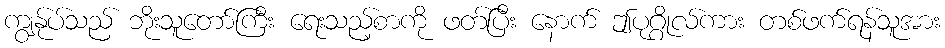
ကျွန်ုပ်သည် ဘိုးသူတော်ကြီး ရေးသည့်စာကို ဖတ်ပြီး နောက် ဤပုဂ္ဂိုလ်ကား တစ်ဖက်ရန်သူအား